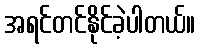
အရင်တင်နိုင်ခဲ့ပါတယ်။